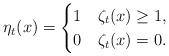
LaTeX: \begin{align*}\eta_t(x)=\begin{cases}1 & \zeta_t(x)\geq 1,\\0 & \zeta_t(x)=0.\end{cases}\end{align*}